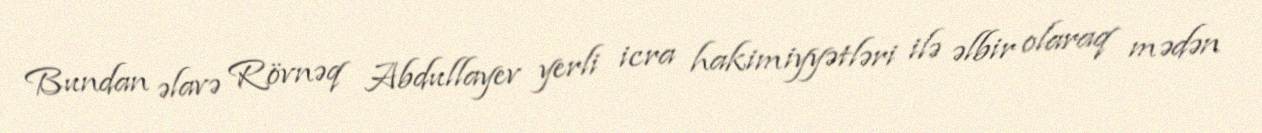
Bundan əlavə Rövnəq Abdullayev yerli icra hakimiyyətləri ilə əlbir olaraq mədən